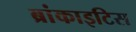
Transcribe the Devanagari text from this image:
ब्रांकाइटिस